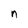
Character: n